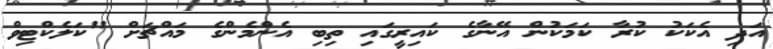
އަދި އެކަކު ކުރާ ކަމަކުން އޭނާގެ ކައިރީގައި ތިބި އެންމެންގެ މައްޗަށް "ކަލެކްޓިވް